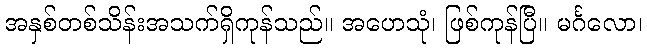
အနှစ်တစ်သိန်းအသက်ရှိကုန်သည်။ အဟေသုံ၊ ဖြစ်ကုန်ပြီ။ မင်္ဂလော၊